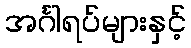
အင်္ဂါရပ်များနှင့်